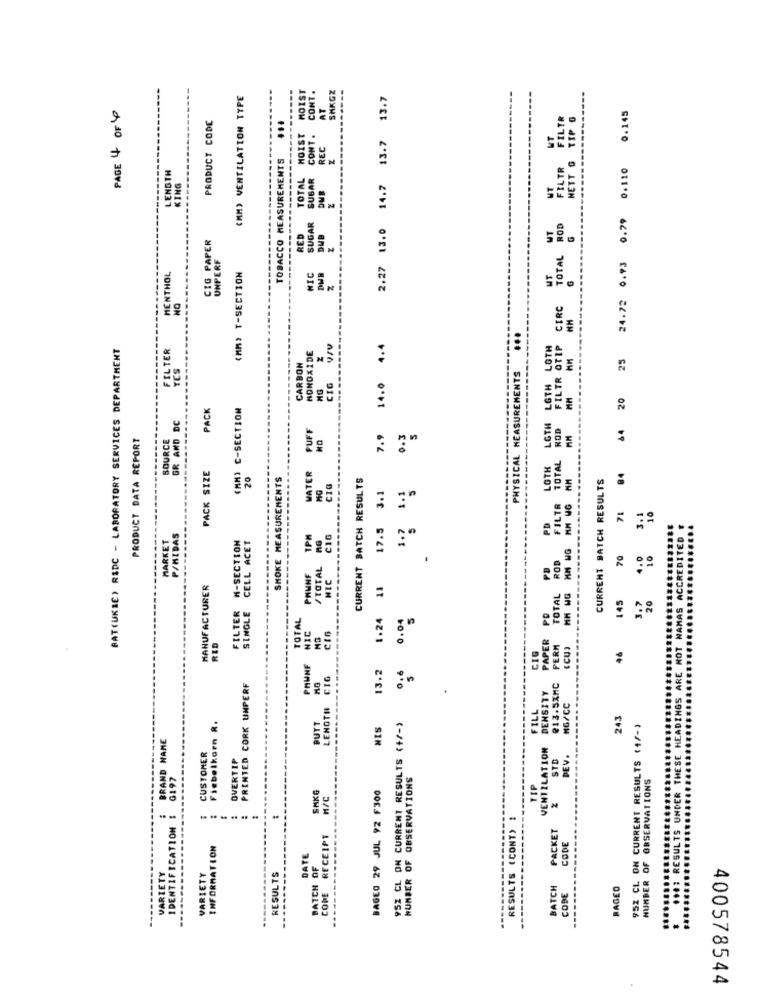
MOIST
CONT .
-----
(MM) VENTILATION TYPE
SHKGX
13.7
PAGE 4 OF 4
AT
25 24.72 0.93 0.79 0.110 0.145
PRODUCT CODE
...
NETT G TIP G
MOIST
CONT .
13.7
MT
REC
TOBACCO MEASUREMENTS
FILTR
LENGTH
EN
TOTAL
SUBAR
14.7
KING
UT
DUB
SUGAR
13.0
TOTAL ROD
CIG PAPER
RED
DUB
UNPERF
(MM) T-SECTION
2.27
MENTHOL
NIC
UT
NO
CIRC
...
BAT(UKSE) RADC - LABORATORY SERVICES DEPARTMENT
FILTER
4.4
FILTR TOTAL ROD FILTR OTIP
MONOXIDE
YES
CARBON
PHYSICAL MEASUREMENTS
14.0
LOTH WITH
CIG
--------
20
PACK
(MM) C-SECTION
GR AND DC
PUFF
64
PRODUCT DATA REPORT
SOURCE
7.9
0.3
---------.
PACK SIZE
MATER
20
SMOKE MEASUREMENTS
CURRENT BATCH RESULTS
CURRENT BATCH RESULTS
84
CIO
17.5 3.1
71
10
..: RESULTS UNDER THESE HEADINGS ARE NOT NAMAS ACCREDITED
MARKET
P/MIDAS
M-SECTION
SINGLE CELL ACET
AG
CIG
PD
ROD
70
4.0
10
/TOTAL
PHUNF
MIC
MANUFACTURER
1.24 11
TOTAL
MM HG
145
20
FILTER
PO
3. 7
TOTAL
0.04
5
NIC
RED
CI6
PAPER
CIG
PERM
(CU)
46
PHUNF
13.2
0.6
CIG
PRINTED CORK UNPERF
₹13.5XMC
DENSITY
LENOTH
FILL
MG/CC
95Z CL ON CURRENT RESULTS (+/-)
243
Fiebelkorn R.
BUTT
NIS
952 CL. ON CURRENT RESULTS (+/-)
BRAND NAME
CUSTOMER
VENTILATION
OVERTIP
STD
DEV.
G197
NUMBER OF OBSERVATIONS
NUMBER OF OBSERVATIONS
SHKG
BAGEG 29 JUL 92 F300
TIP
H/C
RESULTS (CONT) :
IDENTIFICATION
PACKET
COME RECEIPT
CODE
INFORMATION
DATE
VARIETY
BATCH OF
VARIETY
RESULTS
BATCH
CODE
RAGED
400578544